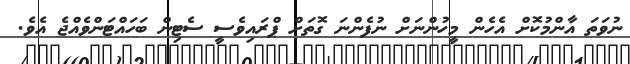
ނުވަތަ އާންމުކޮށް އެހެން މީހުންނަށް ނުފެންނަ ގޮތަށް ޕްރައިވެސީ ސެޓިން ބަހައްޓަންވެއްޖެ އެވެ.